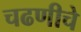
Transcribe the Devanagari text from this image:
चढणीचे